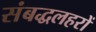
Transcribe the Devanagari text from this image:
संबद्धलहरों